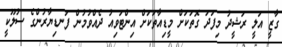
ގާޒީ އަލީ ރަޝީދު މިފަދަ ގޮތަކަށް މީޑިއާތަކަށް އިންޓަވިއު ދެއްވުމުން ފަނޑިޔާރުންގެ ސުލޫކީ